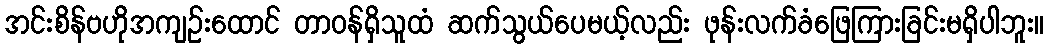
အင်းစိန်ဗဟိုအကျဉ်းထောင် တာဝန်ရှိသူထံ ဆက်သွယ်ပေမယ့်လည်း ဖုန်းလက်ခံဖြေကြားခြင်းမရှိပါဘူး။